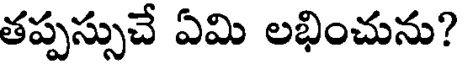
తప్పస్సుచే ఏమి లభించును?